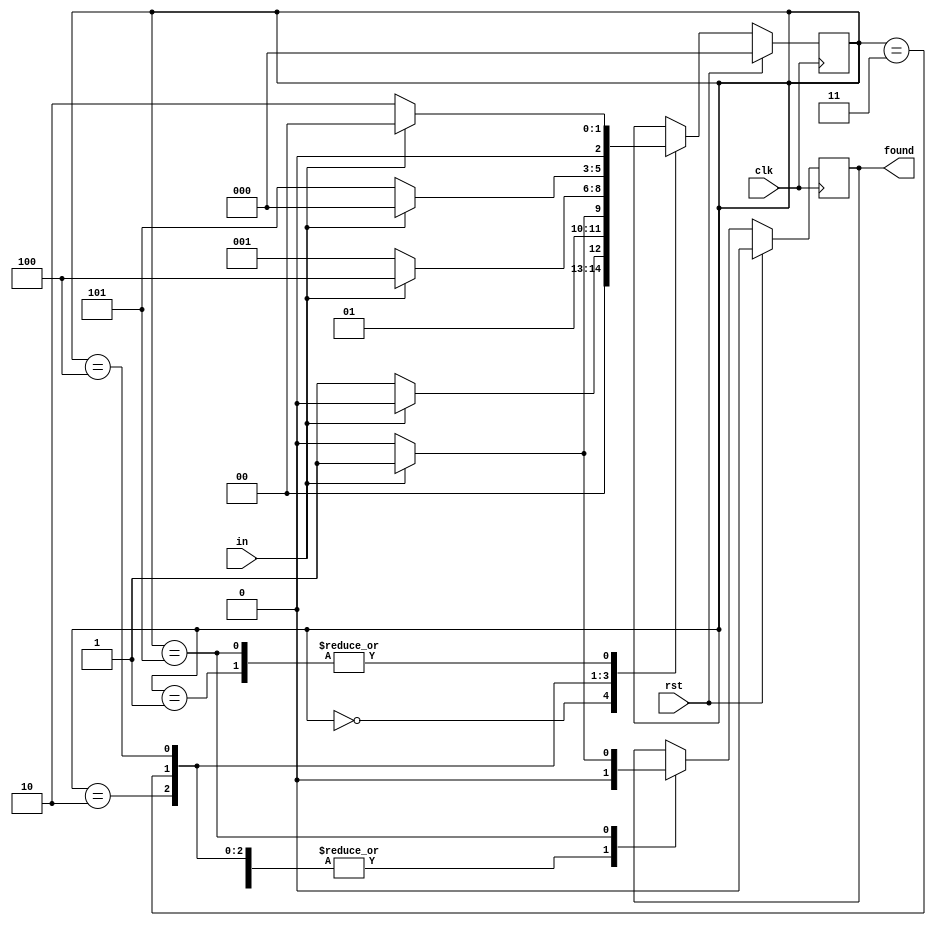
// This program was cloned from: https://github.com/JeffDeCola/my-verilog-examples
// License: MIT License

// Recognize the pattern 00110 in a serial stream.

module mealy_state_machine_behavioral (
    input        clk,           // clk
    input        rst,           // Reset
    input        in,            // Serial in
    output reg   found);        // Found pattern

    // DATA TYPES
    reg [2:0] state;

    // STATES - BINARY ENCODED STYLE - USE ANY STYLE YOU WANT
    parameter [2:0] START     = 3'b000;
    parameter [2:0] ZERO      = 3'b001;
    parameter [2:0] WAIT      = 3'b010;
    parameter [2:0] S1        = 3'b011;
    parameter [2:0] S2        = 3'b100;
    parameter [2:0] S3        = 3'b101;

    // MEALY STATE MACHINE
    // ALWAYS BLOCK with NON-BLOCKING PROCEDURAL ASSIGNMENT STATEMENT
    always @ (posedge clk) begin
        if (rst) begin
            state <= START;
            found <= 1'b0;
        end else begin
            case (state)
                START: begin
                    if (in==0)  begin state <= ZERO;  found <= 1'b0; end
                    else        begin state <= START; found <= 1'b0; end
                end
                ZERO: begin
                    if (in==0)  begin state <= WAIT;  found <= 1'b0; end
                    else        begin state <= START; found <= 1'b0; end
                end
                WAIT: begin
                    if (in==1)  begin state <= S1;    found <= 1'b0; end
                    else        begin state <= WAIT;  found <= 1'b0; end
                end
                S1: begin
                    if (in==1)  begin state <= S2;    found <= 1'b0; end
                    else        begin state <= ZERO;  found <= 1'b0; end
                end
                S2:begin
                    if (in==0)  begin state <= S3;    found <= 1'b0; end
                    else        begin state <= START; found <= 1'b0; end
                end
                S3:begin
                    if (in==1)  begin state <= START; found <= 1'b1; end // Found pattern
                    else        begin state <= WAIT;  found <= 1'b0; end
                end
            endcase
        end
    end

endmodule